Problem: 2 × 8 = ?
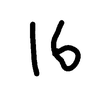
Handwritten answer: 16